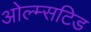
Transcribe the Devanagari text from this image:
ओल्म्सटिड